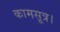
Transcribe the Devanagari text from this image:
कामसूत्र।